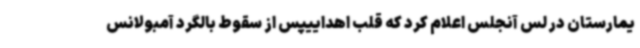
یمارستان در لس آنجلس اعلام کرد که قلب اهداییپس از سقوط بالگرد آمبولانس